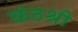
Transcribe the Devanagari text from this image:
कंठश्री